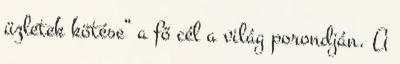
üzletek kötése” a fő cél a világ porondján. A